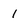
Character: 1